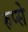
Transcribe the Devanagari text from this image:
रुप्से